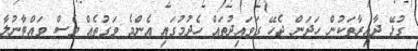
ގުޅޭ ދާއިރާތަކުން ހަދަން ޖެހޭ ގަވައިދުތައް ހެދުމުގައި އެންމެ ވަގުތެއް ވެސް ވައްޓާނުލާ